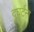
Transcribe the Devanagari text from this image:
दुघर्टना